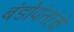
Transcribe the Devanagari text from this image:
बंडोपंतांचे